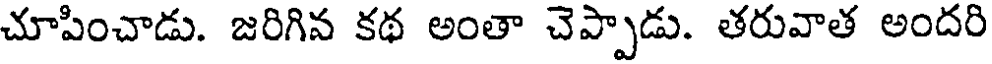
చూపించాడు. జరిగిన కథ అంతా చెప్పాడు. తరువాత అందరి